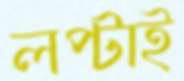
লপ্‌টাই